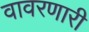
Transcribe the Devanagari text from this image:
वावरणारी